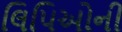
લિપિઓની